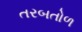
તરબતોળ